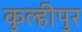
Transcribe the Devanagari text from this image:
कुल्हीपुर